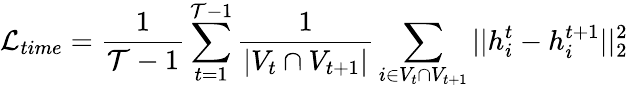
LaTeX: \mathcal{L}_{time}=\frac{1}{\mathcal{T}-1}\sum_{t=1}^{\mathcal{T}-1}\frac{1}{|V_{t}\cap V_{t+1}|}\sum_{i\in V_{t}\cap V_{t+1}}||h_{i}^{t}-h_{i}^{t+1}||_{2}^{2}